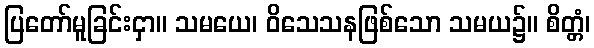
ပြတော်မူခြင်းငှာ။ သမယေ၊ ဝိသေသနဖြစ်သော သမယ၌။ စိတ္တံ၊